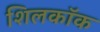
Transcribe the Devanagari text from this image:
शिलकॉक